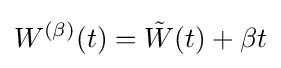
W^{(\beta )}(t)={\tilde {W}}(t)+\beta t